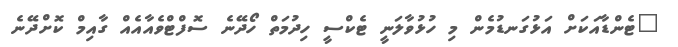
"ޓެންޑާއަކަށް އަޅުގަނޑުމެން މި ހުޅުވާލަނީ ޓެކްސީ ހިދުމަތް ހޯދޭނެ ސޮފްޓްވެއާއެއް ގާއިމް ކޮށްދޭނެ